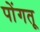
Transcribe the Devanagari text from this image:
पोंगतू